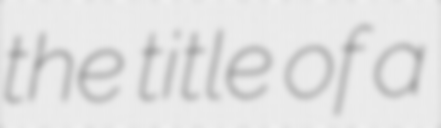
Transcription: the title of a